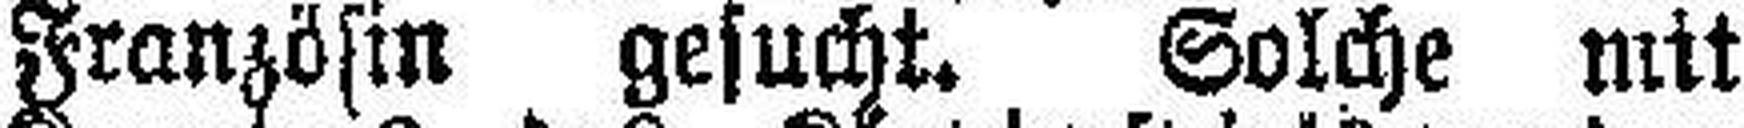
Französin gesucht. Solche mit